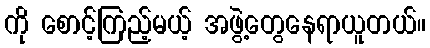
ကို စောင့်ကြည့်မယ့် အဖွဲ့တွေနေရာယူတယ်။